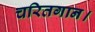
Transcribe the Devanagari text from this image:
चरितगान।